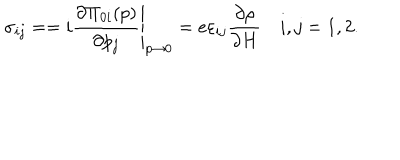
\sigma _ { i j } = = i \left. \frac { \partial \Pi _ { 0 i } ( p ) } { \partial p _ { j } } \right| _ { p \rightarrow 0 } = e \varepsilon _ { i j } \frac { \partial \rho } { \partial H } \quad i , j = 1 , 2 .